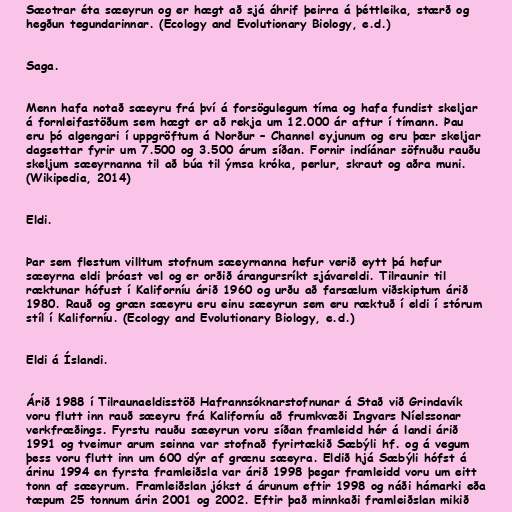
Sæotrar éta sæeyrun og er hægt að sjá áhrif þeirra á þéttleika, stærð og
hegðun tegundarinnar. (Ecology and Evolutionary Biology, e.d.)

Saga.

Menn hafa notað sæeyru frá því á forsögulegum tíma og hafa fundist skeljar
á fornleifastöðum sem hægt er að rekja um 12.000 ár aftur í tímann. Þau
eru þó algengari í uppgröftum á Norður – Channel eyjunum og eru þær skeljar
dagsettar fyrir um 7.500 og 3.500 árum síðan. Fornir indíánar söfnuðu rauðu
skeljum sæeyrnanna til að búa til ýmsa króka, perlur, skraut og aðra muni.
(Wikipedia, 2014)

Eldi.

Þar sem flestum villtum stofnum sæeyrnanna hefur verið eytt þá hefur
sæeyrna eldi þróast vel og er orðið árangursríkt sjávareldi. Tilraunir til
ræktunar hófust í Kaliforníu árið 1960 og urðu að farsælum viðskiptum árið
1980. Rauð og græn sæeyru eru einu sæeyrun sem eru ræktuð í eldi í stórum
stíl í Kaliforníu. (Ecology and Evolutionary Biology, e.d.)

Eldi á Íslandi.

Árið 1988 í Tilraunaeldisstöð Hafrannsóknarstofnunar á Stað við Grindavík
voru flutt inn rauð sæeyru frá Kaliforníu að frumkvæði Ingvars Níelssonar
verkfræðings. Fyrstu rauðu sæeyrun voru síðan framleidd hér á landi árið
1991 og tveimur arum seinna var stofnað fyrirtækið Sæbýli hf. og á vegum
þess voru flutt inn um 600 dýr af grænu sæeyra. Eldið hjá Sæbýli hófst á
árinu 1994 en fyrsta framleiðsla var árið 1998 þegar framleidd voru um eitt
tonn af sæeyrum. Framleiðslan jókst á árunum eftir 1998 og náði hámarki eða
tæpum 25 tonnum árin 2001 og 2002. Eftir það minnkaði framleiðslan mikið